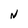
Character: N